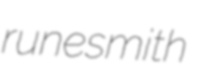
runesmith